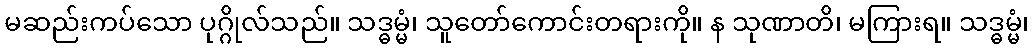
မဆည်းကပ်သော ပုဂ္ဂိုလ်သည်။ သဒ္ဓမ္မံ၊ သူတော်ကောင်းတရားကို။ န သုဏာတိ၊ မကြားရ။ သဒ္ဓမ္မံ၊